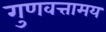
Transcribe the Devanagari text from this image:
गुणवत्तामय